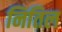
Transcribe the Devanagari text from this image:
नितिल